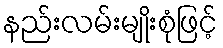
နည်းလမ်းမျိုးစုံဖြင့်